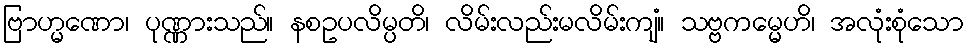
ဗြာဟ္မဏော၊ ပုဏ္ဏားသည်။ နစဥပလိမ္ပတိ၊ လိမ်းလည်းမလိမ်းကျံ။ သဗ္ဗကမ္မေဟိ၊ အလုံးစုံသော